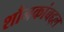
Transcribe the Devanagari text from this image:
शौनकांबद्दल